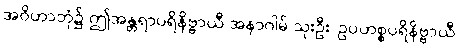
အဝိဟာဘုံ၌ ဤအန္တရာပရိနိဗ္ဗာယီ အနာဂါမ် သုးဦး၊ ဥပဟစ္စပရိနိဗ္ဗာယီ